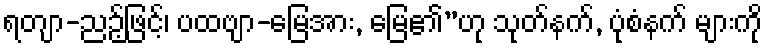
ရတျာ-ညဉ့်ဖြင့်၊ ပထဗျာ-မြေအား, မြေ၏”ဟု သုတ်နက်, ပုံစံနက် များကို